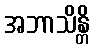
အဘာသိန္တိ